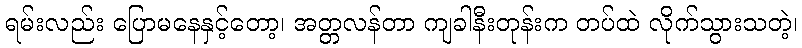
ရမ်းလည်း ပြောမနေနှင့်တော့၊ အတ္တလန်တာ ကျခါနီးတုန်းက တပ်ထဲ လိုက်သွားသတဲ့၊